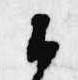
候